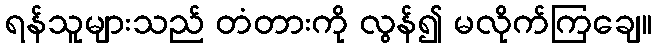
ရန်သူများသည် တံတားကို လွန်၍ မလိုက်ကြချေ။